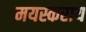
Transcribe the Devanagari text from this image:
मयस्कराय